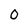
Character: O